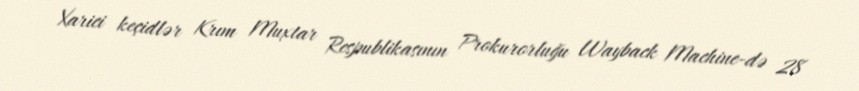
Xarici keçidlər Krım Muxtar Respublikasının Prokurorluğu Wayback Machine-də 28